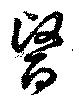
医